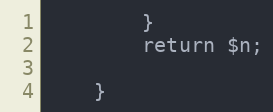
Language: PHP
		}
		return $n;

	}